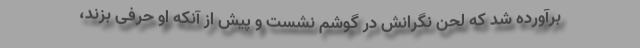
برآورده شد که لحن نگرانش در گوشم نشست و پیش از آنکه او حرفی بزند،